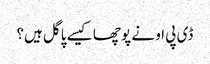
ڈی پی او نے پوچھا کیسے پاگل ہیں؟